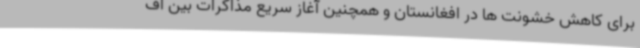
برای کاهش خشونت ها در افغانستان و همچنین آغاز سریع مذاکرات بین اف